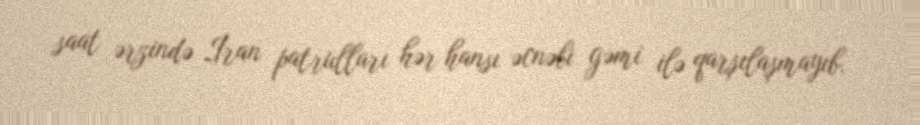
saat ərzində İran patrulları hər hansı əcnəbi gəmi ilə qarşılaşmayıb.